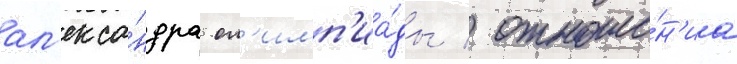
ал'екса́ндра ол'имп'иа́ды / отноше́н'иа